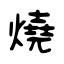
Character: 燒